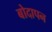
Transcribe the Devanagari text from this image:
बोदापन